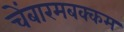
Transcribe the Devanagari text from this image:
चेंबारमबक्कम